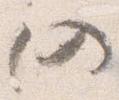
仍